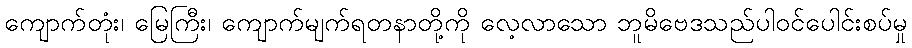
ကျောက်တုံး၊ မြေကြီး၊ ကျောက်မျက်ရတနာတို့ကို လေ့လာသော ဘူမိဗေဒသည်ပါဝင်ပေါင်းစပ်မှု